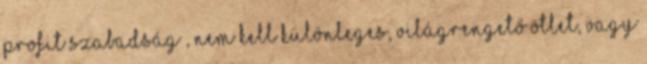
profit szabadság , nem kell különleges, világrengető ötlet, vagy